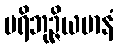
ပရိဘုဉ္ဇိယမာနံ